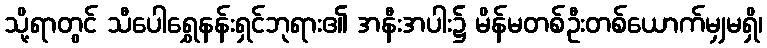
သို့ရာတွင် သီပေါရွှေနန်းရှင်ဘုရား၏ အနီးအပါး၌ မိန်မတစ်ဦးတစ်ယောက်မျှမရှိ၊